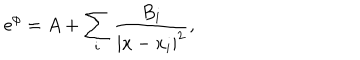
LaTeX: \mathrm { e } ^ { \phi } = A + \sum _ { i } \frac { B _ { i } } { | x - x _ { i } | ^ { 2 } } ,